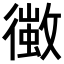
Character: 𢖄